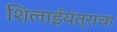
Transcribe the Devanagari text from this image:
शिलाईयंत्राचा